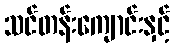
သင်တန်းကျောင်းနှင့်